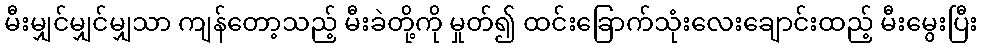
မီးမျှင်မျှင်မျှသာ ကျန်တော့သည့် မီးခဲတို့ကို မှုတ်၍ ထင်းခြောက်သုံးလေးချောင်းထည့် မီးမွေးပြီး